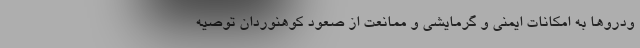
ودروها به امکانات ایمنی و گرمایشی و ممانعت از صعود کوهنوردان توصیه